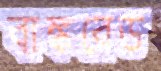
বাঙ্কবেড